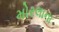
મોરલાના